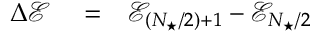
\begin{array} { r l r } { \Delta \mathcal { E } } & { { } = } & { \mathcal { E } _ { ( N _ { \star } / 2 ) + 1 } - \mathcal { E } _ { N _ { \star } / 2 } } \end{array}